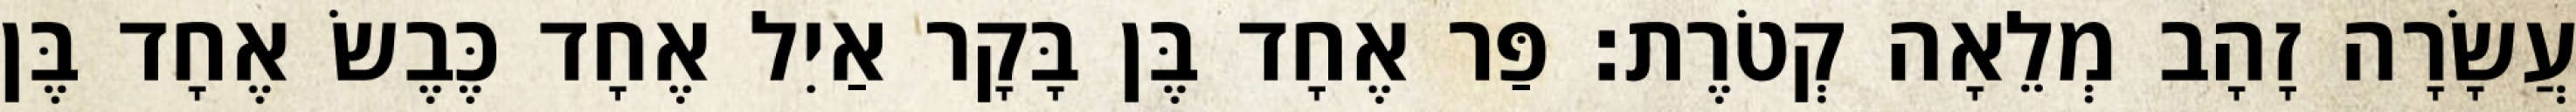
עֲשָׂרָה זָהָב מְלֵאָה קְטֹרֶת׃ פַּר אֶחָד בֶּן בָּקָר אַיִל אֶחָד כֶּבֶשׂ אֶחָד בֶּן